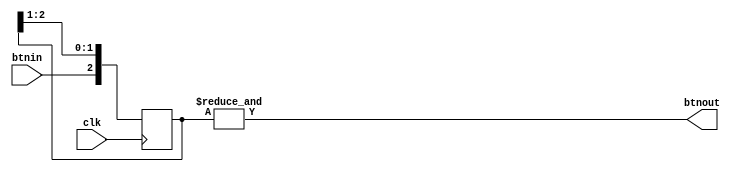
`timescale 1ns / 1ps
//////////////////////////////////////////////////////////////////////////////////
// Copyright: Chris Larsen, 2020-2022
// Engineer: 
// 
// Design Name: 
// Module Name: debounce
// Project Name: 
// Target Devices: 
// Tool Versions: 
// Description: 
// 
// Dependencies: 
// 
// Revision:
// Revision 0.01 - File Created
// Additional Comments:
// 
//////////////////////////////////////////////////////////////////////////////////

module debounce(clk, btnin, btnout);
  input clk, btnin;
  output btnout;

  reg [2:0] delay;

  initial
    begin
      delay = 3'b000;
    end

  always @(posedge clk)
    begin
      if (clk)
        begin
          delay = {btnin, delay[2:1]};
        end
    end

  assign btnout = &delay;

endmodule